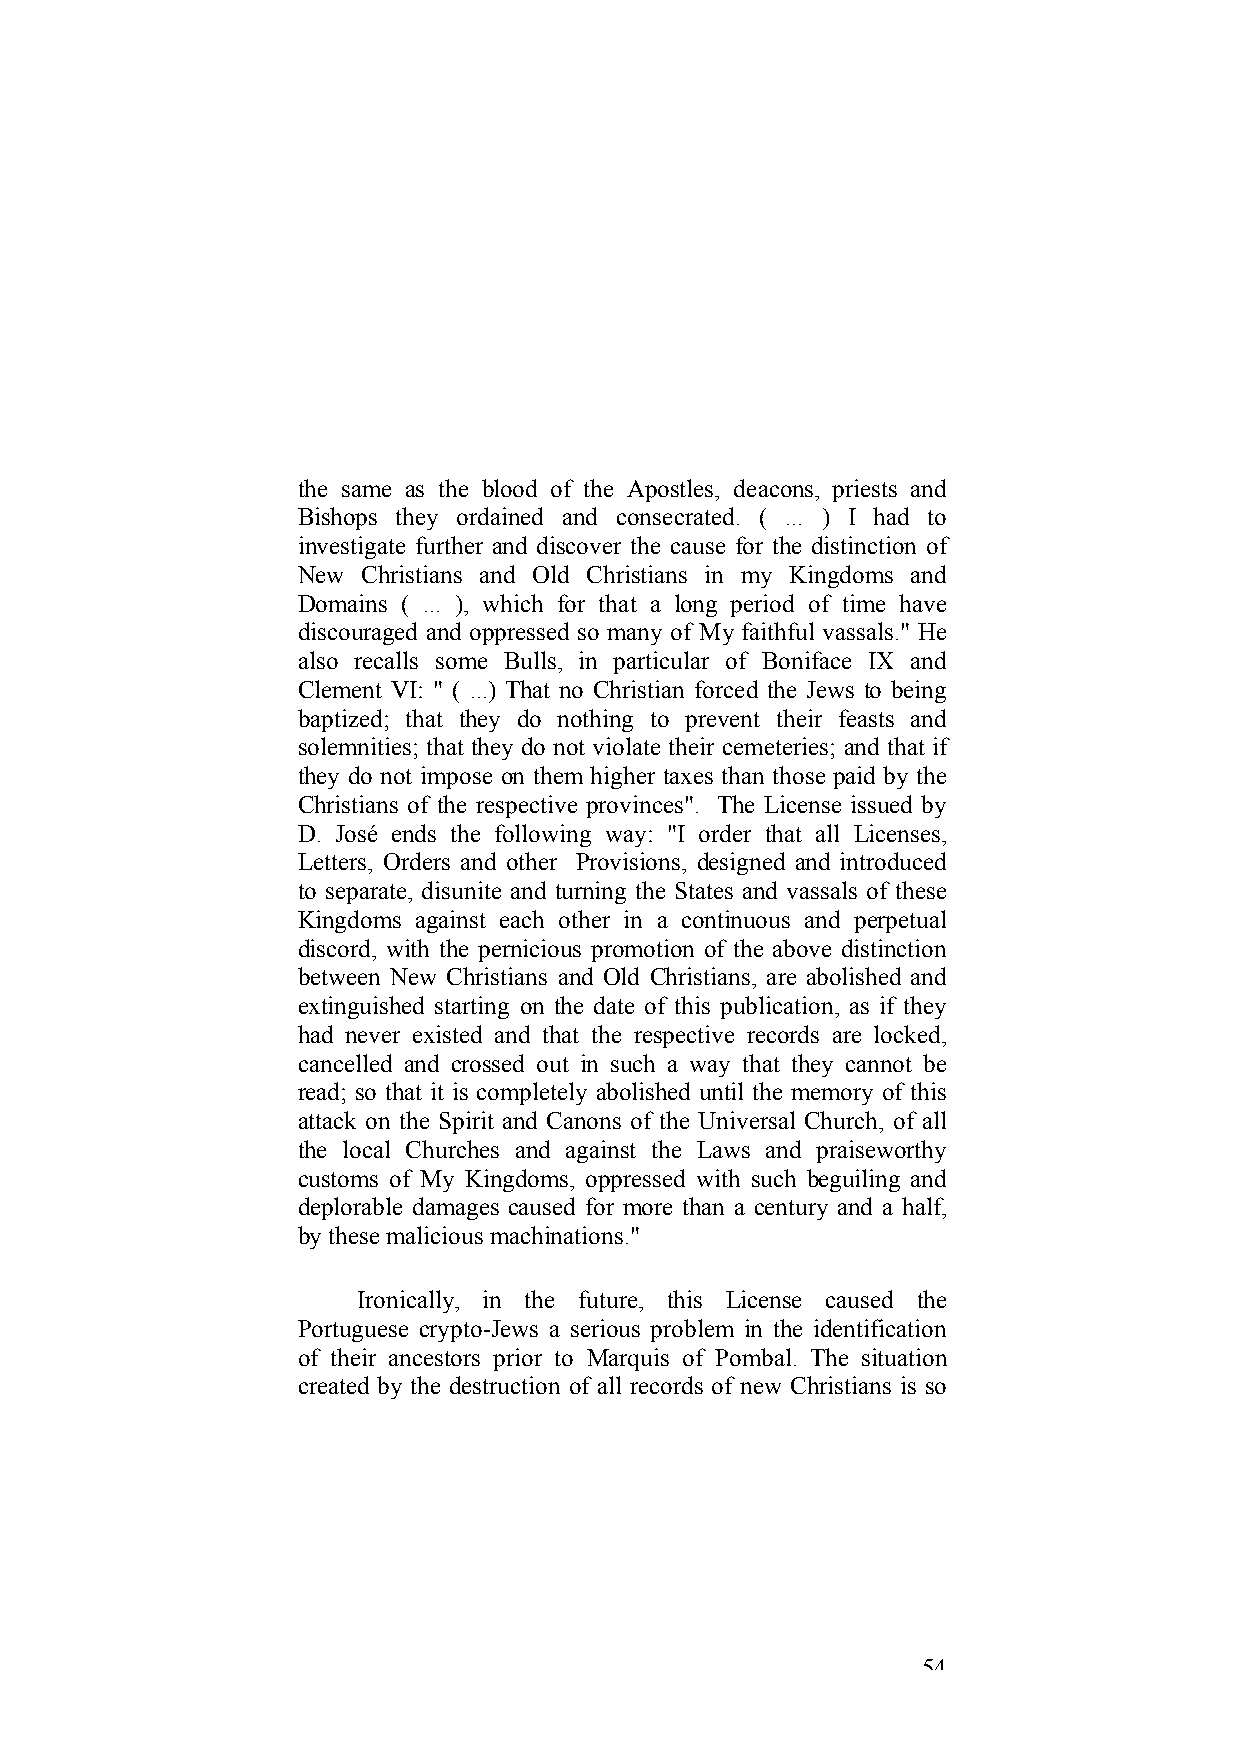
the same as the blood of the Apostles, deacons, priests and
 Bishops they ordained and consecrated. ( ... ) I had to
 investigate further and discover the cause for the distinction of
 New Christians and Old Christians in my Kingdoms and
 Domains ( ... ), which for that a long period of time have
 discouraged and oppressed so many of My faithful vassals." He
 also recalls some Bulls, in particular of Boniface IX and
 Clement VI: " ( ...) That no Christian forced the Jews to being
 baptized; that they do nothing to prevent their feasts and
 solemnities; that they do not violate their cemeteries; and that if
 they do not impose on them higher taxes than those paid by the
 Christians of the respective provinces". The License issued by
 D. José ends the following way: "I order that all Licenses,
 Letters, Orders and other Provisions, designed and introduced
 to separate, disunite and turning the States and vassals of these
 Kingdoms against each other in a continuous and perpetual
 discord, with the pernicious promotion of the above distinction
 between New Christians and Old Christians, are abolished and
 extinguished starting on the date of this publication, as if they
 had never existed and that the respective records are locked,
 cancelled and crossed out in such a way that they cannot be
 read; so that it is completely abolished until the memory of this
 attack on the Spirit and Canons of the Universal Church, of all
 the local Churches and against the Laws and praiseworthy
 customs of My Kingdoms, oppressed with such beguiling and
 deplorable damages caused for more than a century and a half,
 by these malicious machinations."
 Ironically, in the future, this License caused the
 Portuguese crypto-Jews a serious problem in the identification
 of their ancestors prior to Marquis of Pombal. The situation
 created by the destruction of all records of new Christians is so
 54